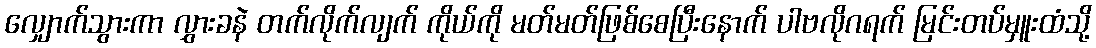
လျှောက်သွားကာ လွှားခနဲ တက်လိုက်လျက် ကိုယ်ကို မတ်မတ်ဖြစ်စေပြီးနောက် ပါဗလိုဂရက် မြင်းတပ်မှူးထံသို့